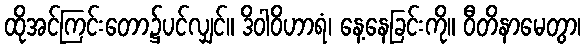
ထိုအင်ကြင်းတော၌ပင်လျှင်။ ဒိဝါဝိဟာရံ၊ နေ့နေခြင်းကို။ ဝီတိနာမေတွာ၊